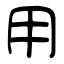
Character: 用